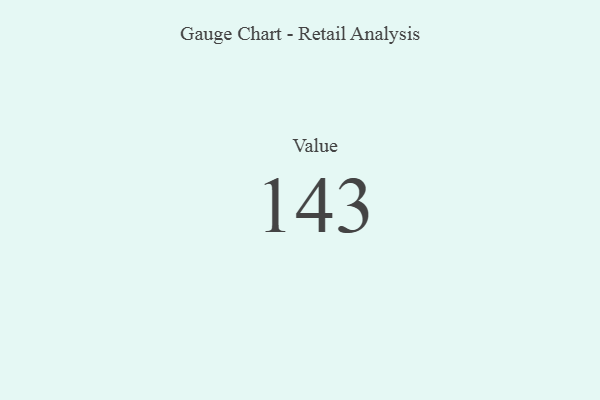
{"axis": {"x": "Metric", "y": "Value"}, "legend": [""], "data": [{"x": "Value", "y": 143, "type": ""}]}